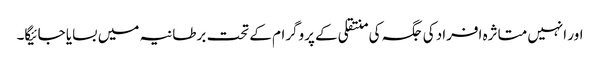
اور انہیں متاثرہ افراد کی جگہ کی منتقلی کے پروگرام کے تحت برطانیہ میں بسایا جائیگا۔